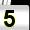
Digit: 5